Indian Medical Review
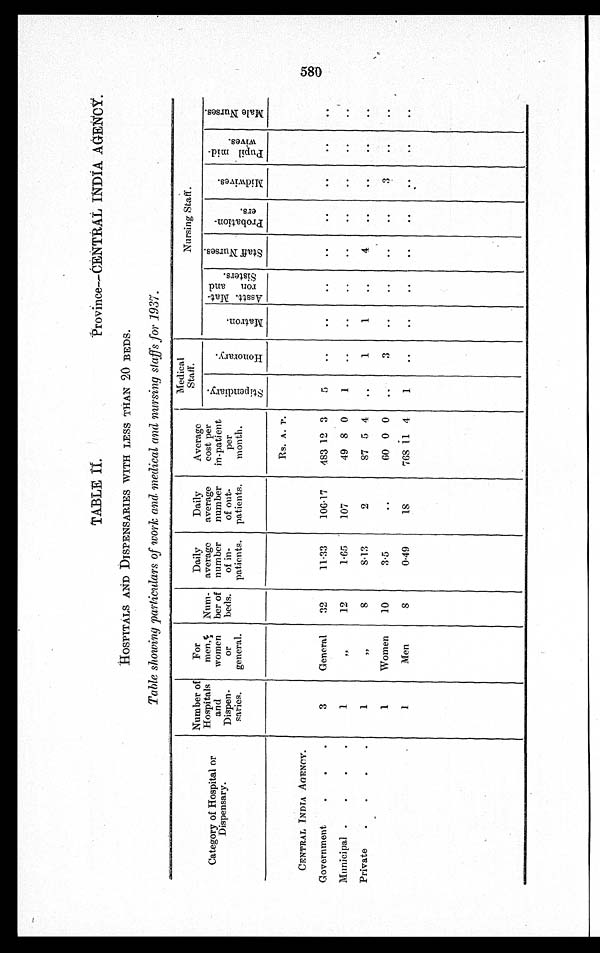
Province—CENTRAL INDIA AGENCY.
HOSPITALS AND DISPENSARIES WITH LESS THAN 20 BEDS.
Table showing particulars of work and medical and nursing staffs for 1937.
Category of Hospital or
Dispensary.
Number of
Hospitals
and
Dispen-
saries.
For
men,
women
or
general.
Num-
ber of
beds.
Daily
average
number
of in-
patients.
Daily
average
number
of out-
patients.
Average
cost per
in-patient
per
month.
Medical
S t a f f .
Nursing Staff.
S t i p e n d i a r y .
H o n o r a r y .
M a t r o n .
A s s t t . M a t -
r o n a n d
S i s t e r s .
S t a f f N u r s e s .
P r o b a t i o n -
e r s .
M i d w i v e s .
P u p i l m i d -
w i v e s .
M a l e N u r s e s .
Rs. A.
P .
CENTRAL INDIA AGENCY.
G o v e r n m e n t
3
General
32
11.33
106.17
483 12 3
5
Municipal
1
„ 12
1.65
107
49
8 0
1
Private
1
„ 8
8.13
2
87 5 4
1
1
4
1
Women
10
3.5
60 0 0
3
3
1
Men
8
0.49
18
768
1 1 4
1